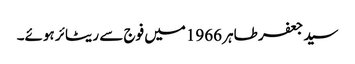
سید جعفر طاہر 1966میں فوج سے ریٹائر ہوئے۔